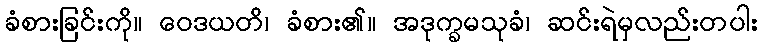
ခံစားခြင်းကို။ ဝေဒယတိ၊ ခံစား၏။ အဒုက္ခမသုခံ၊ ဆင်းရဲမှလည်းတပါး